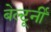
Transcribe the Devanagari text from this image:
बेल्टूर्नी